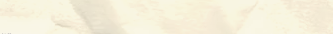
خدمات تنسيق الحدائق   تصم